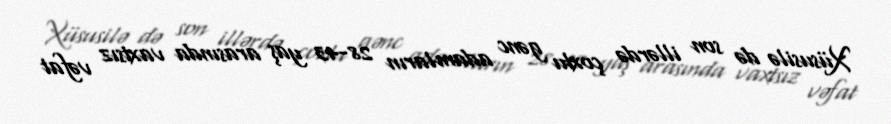
Xüsusilə də son illərdə çoxlu gənc adamların 28-43 yaş arasında vaxtsız vəfat